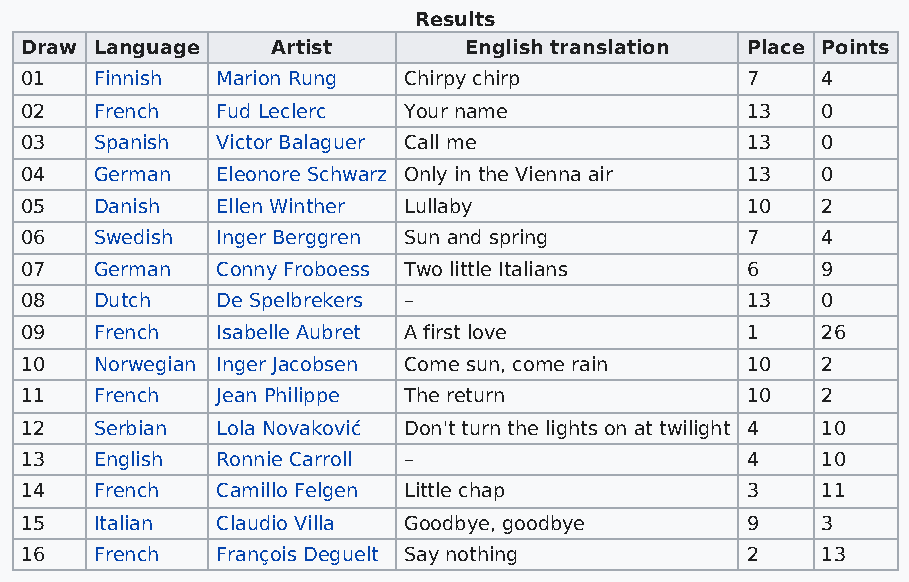
Results
 Draw Language    Artist       English translation Place Points
 01   Finnish Marion Rung  Chirpy chirp          7    4
 02   French  Fud Leclerc  Your name             13   0
 03   Spanish Victor Balaguer Call me            13   0
 04   German  Eleonore Schwarz Only in the Vienna air 13 0
 05   Danish  Ellen Winther Lullaby              10   2
 06   Swedish Inger Berggren Sun and spring      7    4
 07   German  Conny Froboess Two little Italians 6    9
 08   Dutch   De Spelbrekers –                   13   0
 09   French  Isabelle Aubret A first love       1    26
 10   Norwegian Inger Jacobsen Come sun, come rain 10 2
 11   French  Jean Philippe The return           10   2
 12   Serbian Lola Novaković Don't turn the lights on at twilight 4 10
 13   English Ronnie Carroll –                   4    10
 14   French  Camillo Felgen Little chap         3    11
 15   Italian Claudio Villa Goodbye, goodbye     9    3
 16   French  François Deguelt Say nothing       2    13